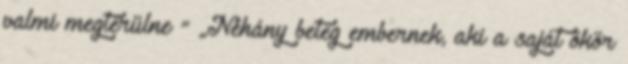
valmi megtérülne ” „Néhány beteg embernek, aki a saját ökör